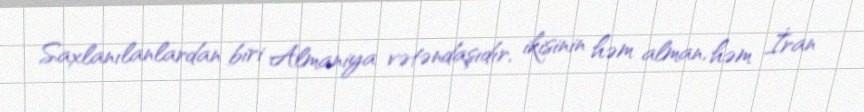
Saxlanılanlardan biri Almaniya vətəndaşıdır, ikisinin həm alman, həm İran